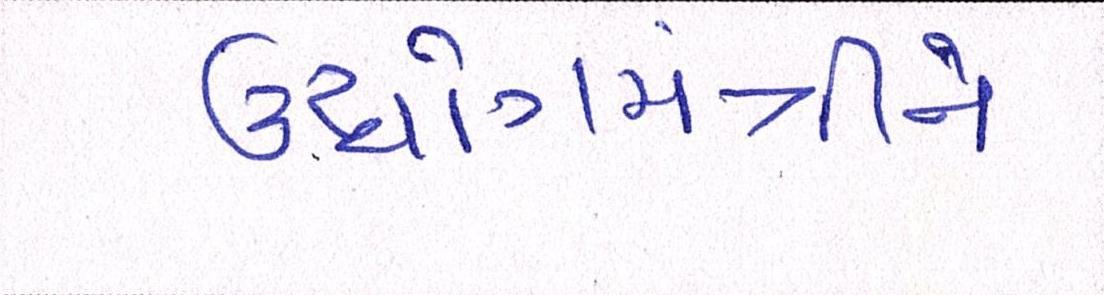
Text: ઉધોગમંત્રીને